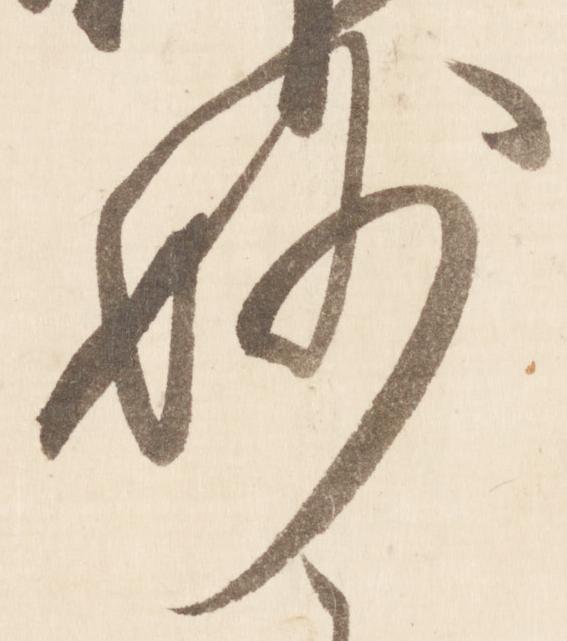
妙